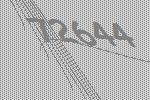
72644